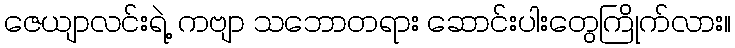
ဇေယျာလင်းရဲ့ ကဗျာ သဘောတရား ဆောင်းပါးတွေကြိုက်လား။